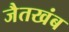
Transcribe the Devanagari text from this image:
जैतखंब